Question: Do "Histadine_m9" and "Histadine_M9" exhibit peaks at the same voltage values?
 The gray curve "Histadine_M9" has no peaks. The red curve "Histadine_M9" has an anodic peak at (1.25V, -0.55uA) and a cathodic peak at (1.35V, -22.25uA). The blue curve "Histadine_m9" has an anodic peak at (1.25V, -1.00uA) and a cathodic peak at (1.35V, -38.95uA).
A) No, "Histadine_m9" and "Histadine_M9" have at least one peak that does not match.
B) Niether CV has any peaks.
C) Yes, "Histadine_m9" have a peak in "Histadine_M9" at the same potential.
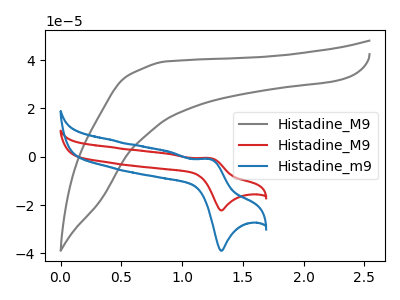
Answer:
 <answer>C) Yes, "Histadine_m9" have a peak in "Histadine_M9" at the same potential.</answer>
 <eval>C</eval>